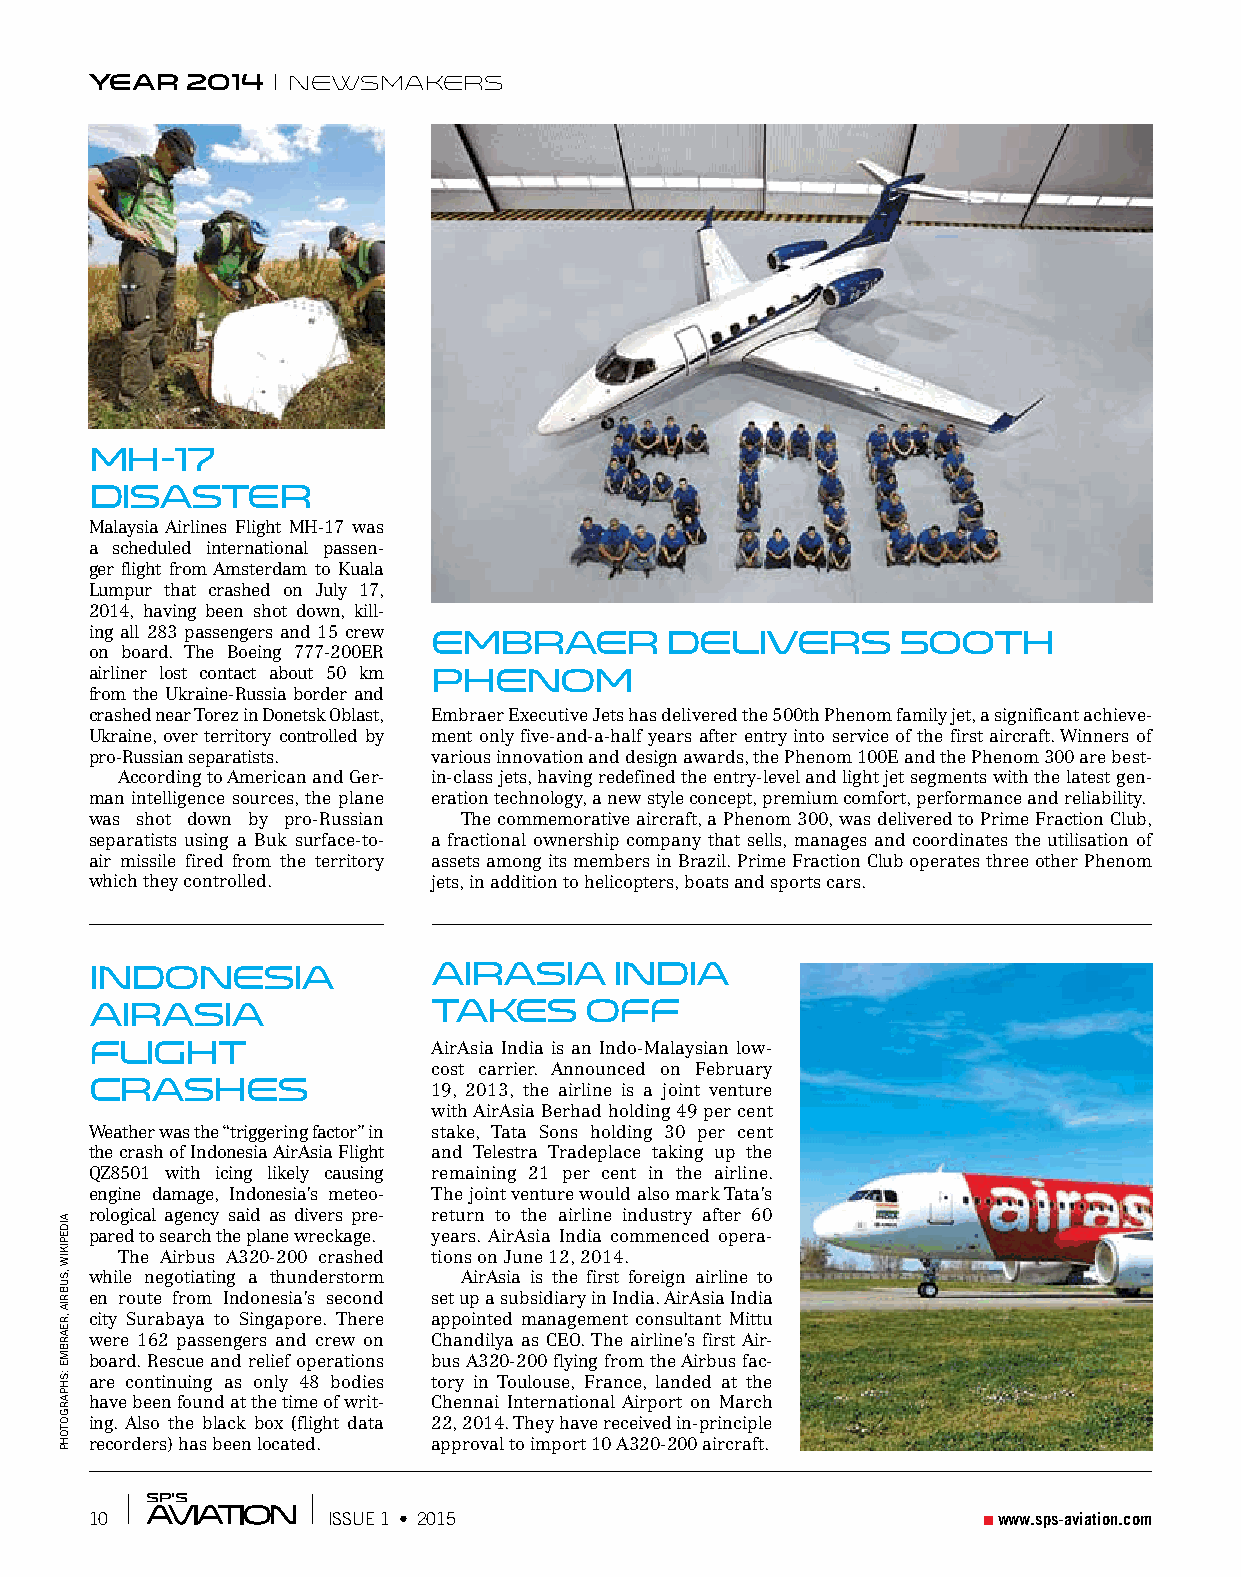
year  2014   newsmakers
 MH-17
 Disaster
 Malaysia Airlines Flight MH-17 was
 a scheduled international passen-
 ger flight from Amsterdam to Kuala
 Lumpur that crashed on July 17,
 2014, having been shot down, kill-
 ing all 283 passengers and 15 crew Embraer Delivers   500th
 on board. The Boeing 777-200ER
 airliner lost contact about 50 km Phenom
 from the Ukraine-Russia border and
 crashed near Torez in Donetsk Oblast, Embraer Executive Jets has delivered the 500th Phenom family jet, a significant achieve-
 Ukraine, over territory controlled by ment only five-and-a-half years after entry into service of the first aircraft. Winners of
 pro-Russian separatists. various innovation and design awards, the Phenom 100E and the Phenom 300 are best-
 According to American and Ger- in-class jets, having redefined the entry-level and light jet segments with the latest gen-
 man intelligence sources, the plane eration technology, a new style concept, premium comfort, performance and reliability.
 was shot down by pro-Russian The commemorative aircraft, a Phenom 300, was delivered to Prime Fraction Club,
 separatists using a Buk surface-to- a fractional ownership company that sells, manages and coordinates the utilisation of
 air missile fired from the territory assets among its members in Brazil. Prime Fraction Club operates three other Phenom
 which they controlled. jets, in addition to helicopters, boats and sports cars.
 Indonesia              AirAsia     India
 AirAsia                Takes     off
 Flight                 AirAsia India is an Indo-Malaysian low-
 cost carrier. Announced on February
 Crashes                19, 2013, the airline is a joint venture
 with AirAsia Berhad holding 49 per cent
 Weather was the “triggering factor” in stake, Tata Sons holding 30 per cent
 the crash of Indonesia AirAsia Flight and Telestra Tradeplace taking up the
 QZ8501 with icing likely causing remaining 21 per cent in the airline.
 engine damage, Indonesia’s meteo- The joint venture would also mark Tata’s
 rological agency said as divers pre- return to the airline industry after 60
 pared to search the plane wreckage. years. AirAsia India commenced opera-
 The Airbus A320-200 crashed tions on June 12, 2014.
 while negotiating a thunderstorm AirAsia is the first foreign airline to
 en route from Indonesia’s second set up a subsidiary in India. AirAsia India
 city Surabaya to Singapore. There appointed management consultant Mittu
 were 162 passengers and crew on Chandilya as CEO. The airline’s first Air-
 board. Rescue and relief operations bus A320-200 flying from the Airbus fac-
 are continuing as only 48 bodies tory in Toulouse, France, landed at the
 have been found at the time of writ- Chennai International Airport on March
 ing. Also the black box (flight data 22, 2014. They have received in-principle
 recorders) has been located. approval to import 10 A320-200 aircraft.
 10              ISSUE 1 • 2015                              www.sps-aviation.com
 aidePikiW
 ,suBria
 ,rearBme
 :shPargotohP